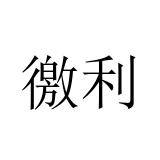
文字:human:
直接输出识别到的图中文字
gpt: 徼利